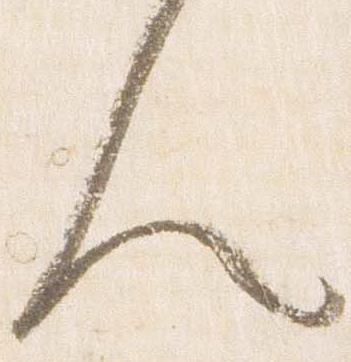
人